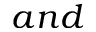
a n d